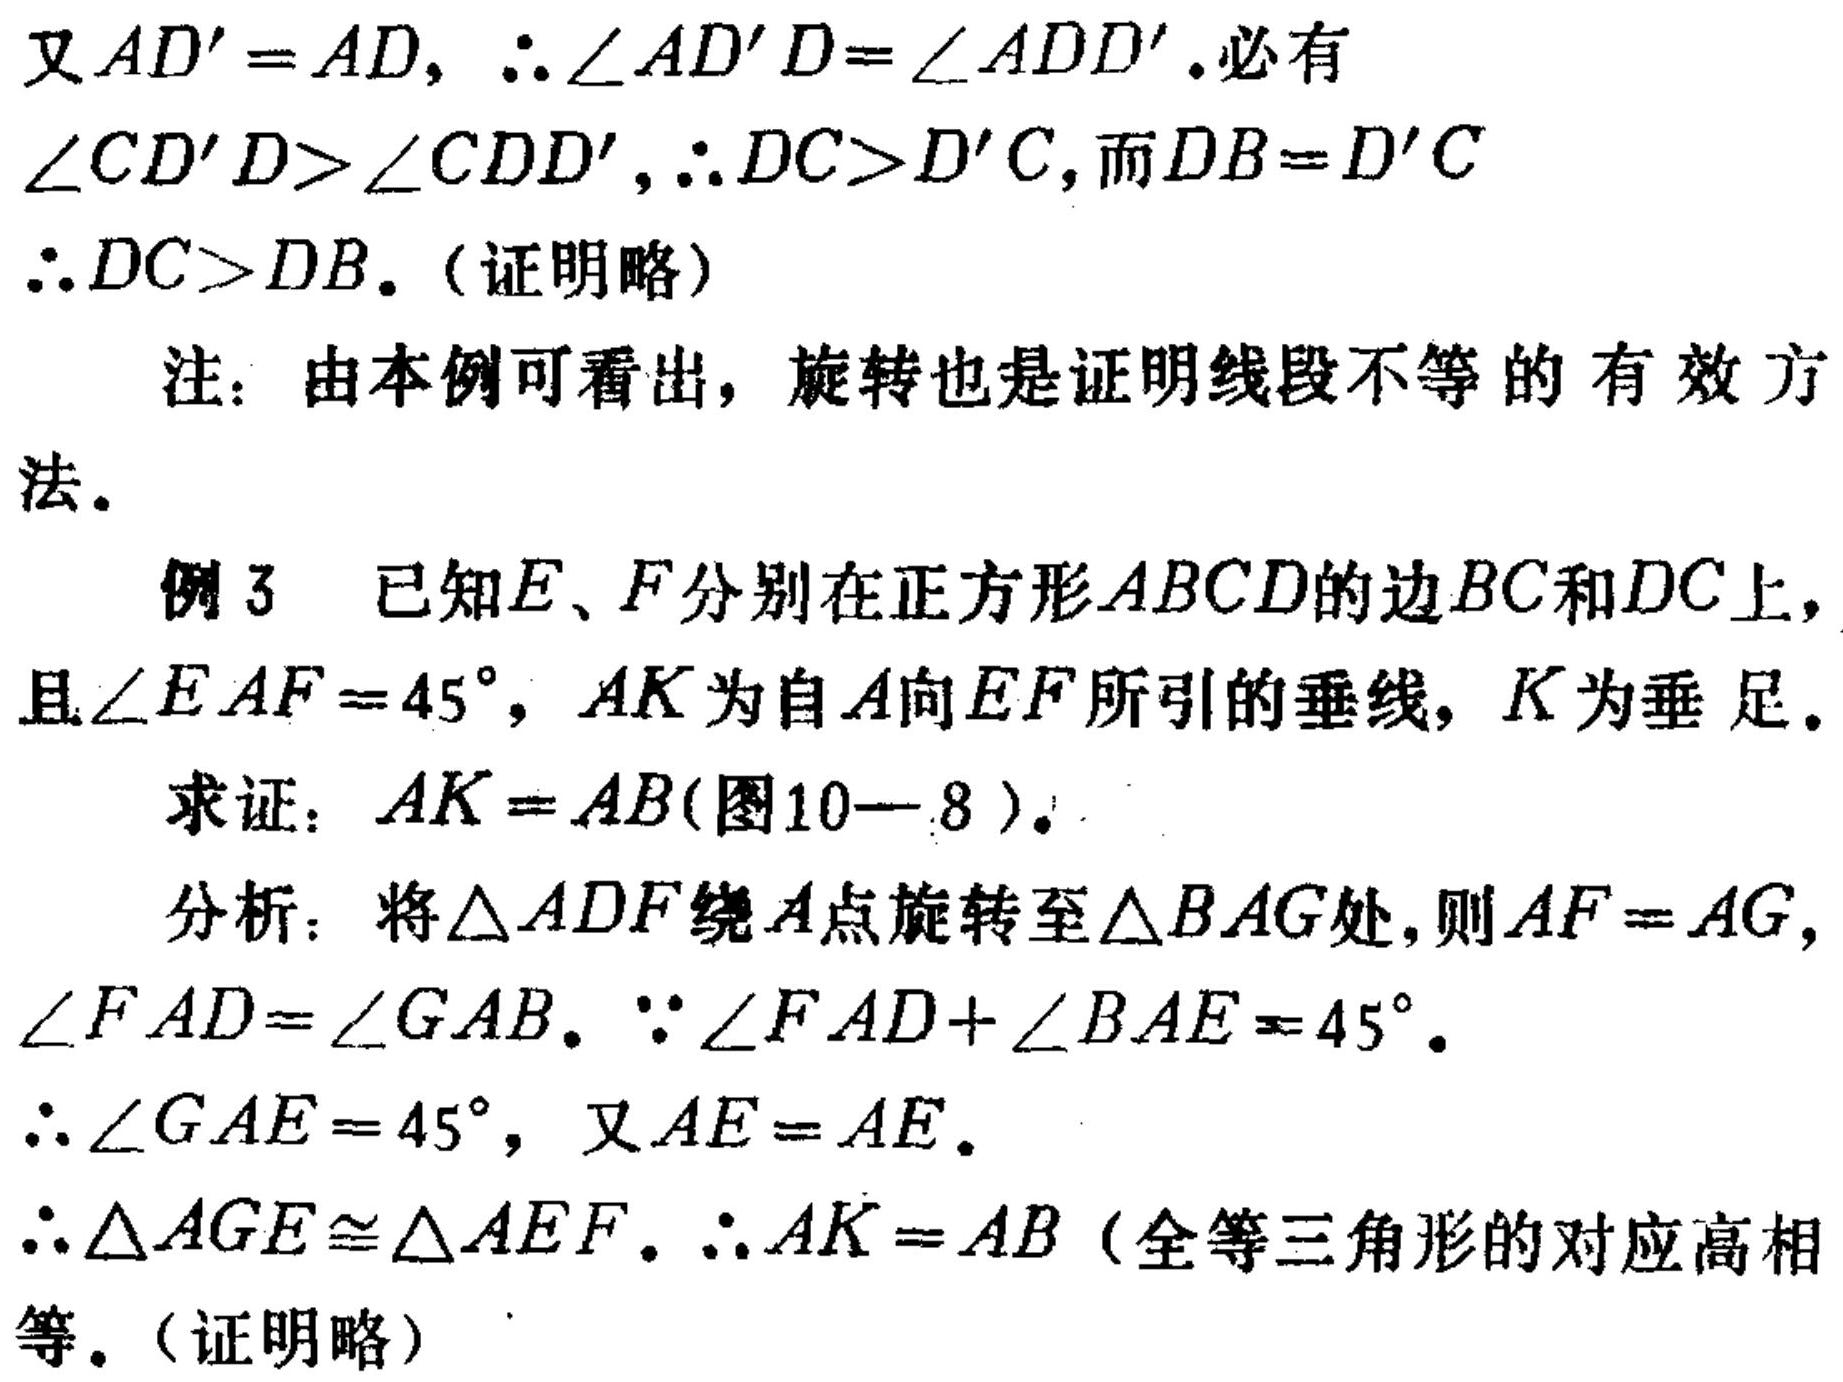
又\(AD' = AD\)，\(\therefore\angle AD'D=\angle ADD'\).必有
\(\angle CD'D>\angle CDD'\)，\(\therefore DC>D'C\)，而\(DB = D'C\)
\(\therefore DC>DB\).（证明略）

注：由本例可看出，旋转也是证明线段不等的有效方法。

例3 已知\(E\)、\(F\)分别在正方形\(ABCD\)的边\(BC\)和\(DC\)上，
且\(\angle EAF = 45^{\circ}\)，\(AK\)为自\(A\)向\(EF\)所引的垂线，\(K\)为垂足。
求证：\(AK = AB\)(图10 - 8)。

分析：将\(\triangle ADF\)绕\(A\)点旋转至\(\triangle BAG\)处，则\(AF = AG\)，
\(\angle FAD=\angle GAB\)。\(\because\angle FAD+\angle BAE = 45^{\circ}\)。
\(\therefore\angle GAE = 45^{\circ}\)，又\(AE = AE\)。
\(\therefore\triangle AGE\cong\triangle AEF\)。\(\therefore AK = AB\)（全等三角形的对应高相
等。（证明略）